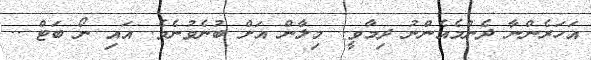
އަހަރެންނާ ދެންމެއެންނު ދިމާވީ.. މިލާން އަށް ބުނެވުނެވެ. އައި ނޯ ބަޓް ..